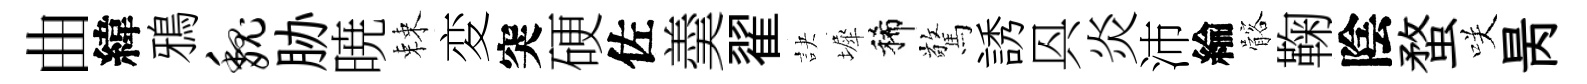
曲緯鴉魏胁暁棘変突硬佐羮翟訣墀稀驚誘㒷炎沛綸髂鞠陰蝥咲昺